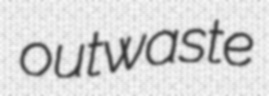
outwaste